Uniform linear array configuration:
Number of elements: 24
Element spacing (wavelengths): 0.75
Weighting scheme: kaiser
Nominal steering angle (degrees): -45
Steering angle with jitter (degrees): -45.568
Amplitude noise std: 0.05
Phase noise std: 0.05

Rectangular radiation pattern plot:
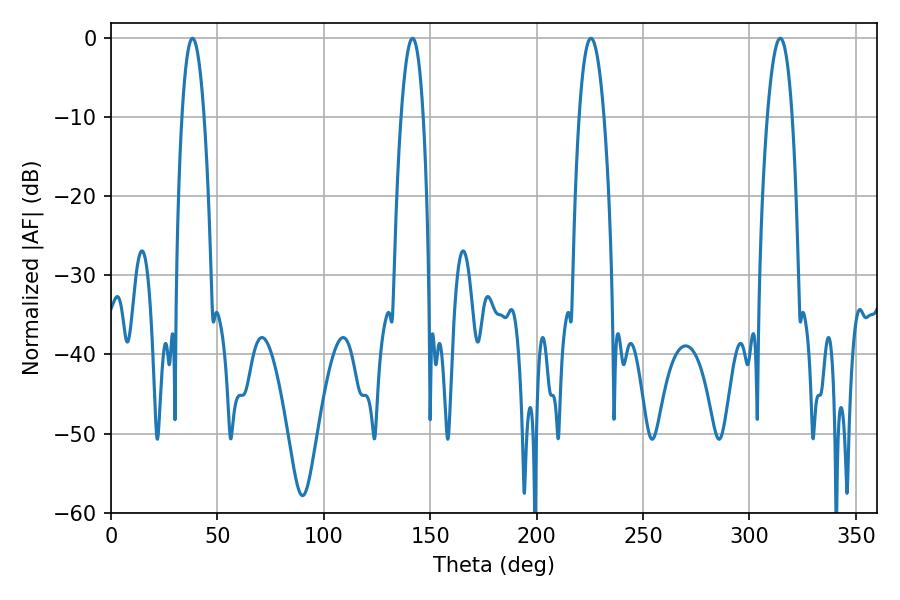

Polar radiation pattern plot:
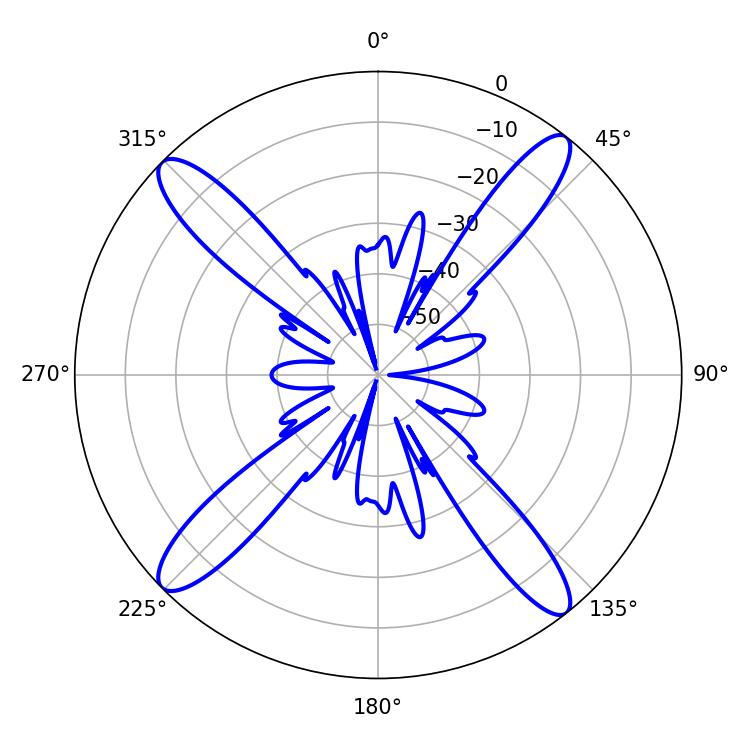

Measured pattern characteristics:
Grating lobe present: TRUE
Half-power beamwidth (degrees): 6.48
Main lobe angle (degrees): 225.54